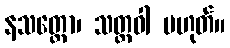
နသတ္တော၊ သတ္တဝါ မဟုတ်။